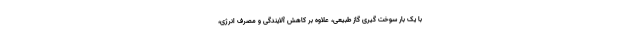
با یک بار سوخت گیری گاز طبیعی، علاوه بر کاهش آلایندگی و مصرف انرژی،